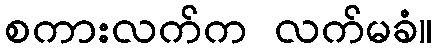
စကားလက်က လက်မခံ။